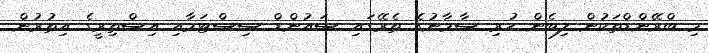
މި ބްރޭންޑްތަކުން ލިބެން ހުރި ސާމާނުގެ ތެރޭގައި ސައުންޑް ސިސްޓަމާއި އިސްތިރީގެ އިތުރުން